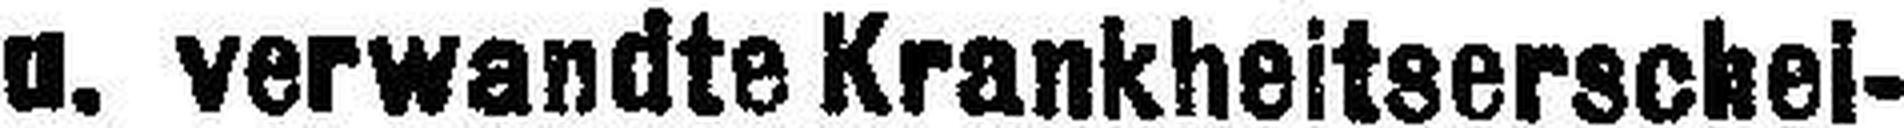
u. verwandte Krankheitserschel¬